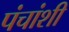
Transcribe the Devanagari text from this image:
पंचांशी